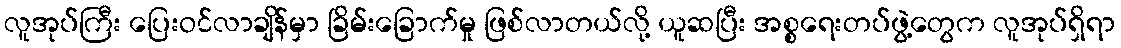
လူအုပ်ကြီး ပြေးဝင်လာချိန်မှာ ခြိမ်းခြောက်မှု ဖြစ်လာတယ်လို့ ယူဆပြီး အစ္စရေးတပ်ဖွဲ့တွေက လူအုပ်ရှိရာ